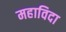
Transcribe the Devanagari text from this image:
महाविदा